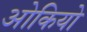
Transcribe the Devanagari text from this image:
ओकियो